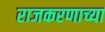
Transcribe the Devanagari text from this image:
राजकरणाच्या